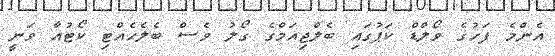
އެންމެ ފަހުގެ ވޯލްޑް ކަޕުގައި ބެލްޖިއަމްގެ ގޯލު ވެސް ބެލެހެއްޓި ކޯޓުއާ ވަނީ